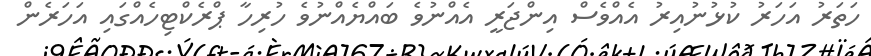
ހަތަރު އަހަރު ކުޅުނުއިރު އެއްވެސް އިންޖަރީ އެއްނުވެ ބައްޔެއްނުވެ ހުރިހާ ޕްރެކްޓިހެއްގައި އަހަރެން